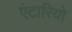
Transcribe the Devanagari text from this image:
एंटारियो